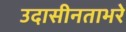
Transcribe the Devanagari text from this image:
उदासीनताभरे